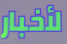
لأخبار